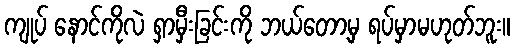
ကျုပ် နောင်ကိုလဲ ရှာမှီးခြင်းကို ဘယ်တော့မှ ရပ်မှာမဟုတ်ဘူး။